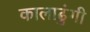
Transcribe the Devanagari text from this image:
कालाढुंगी